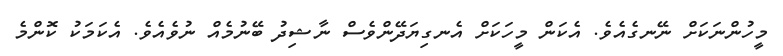
މީހުންނަކަށް ނޭނގެއެވެ. އެކަން މީހަކަށް އެނގިޔަދޭންވެސް ނާޝިދު ބޭނުމެއް ނުވެއެވެ. އެކަމަކު ކޮންމެ